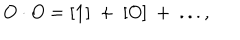
O \cdot O = [ { \bf 1 } ] ~ + ~ [ O ] ~ + ~ . . . ,